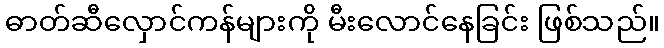
ဓာတ်ဆီလှောင်ကန်များကို မီးလောင်နေခြင်း ဖြစ်သည်။